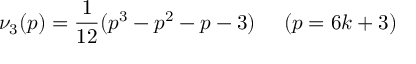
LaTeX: \nu _ { 3 } ( p ) = \frac { 1 } { 1 2 } ( p ^ { 3 } - p ^ { 2 } - p - 3 ) ~ ~ ~ ~ ( p = 6 k + 3 )